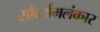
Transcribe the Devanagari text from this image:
सौंदर्यमलंकार